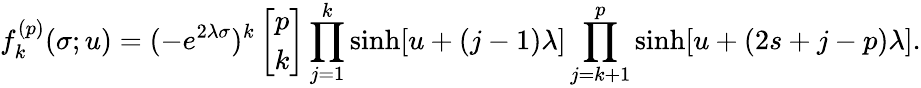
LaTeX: f_{k}^{(p)}(\sigma;u)=(-e^{2\lambda\sigma})^{k}\left[\begin{array}{c}{{p}}\\ {{k}}\end{array}\right]\prod_{j=1}^{k}\sinh[u+(j-1)\lambda]\prod_{j=k+1}^{p}\sinh[u+(2s+j-p)\lambda].